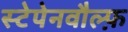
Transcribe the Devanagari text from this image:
स्टेपेनवौल्फ़